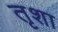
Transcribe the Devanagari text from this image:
तृशा